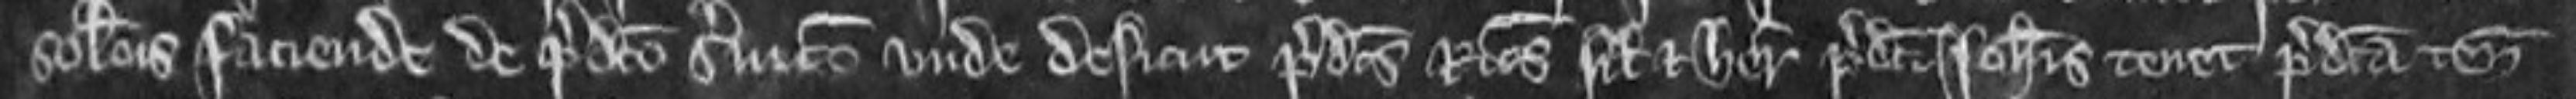
solucionis faciende de predicto servicio unde desicut predictus Ricardus filius et heres predicti Johannis tenet predicta tenementa